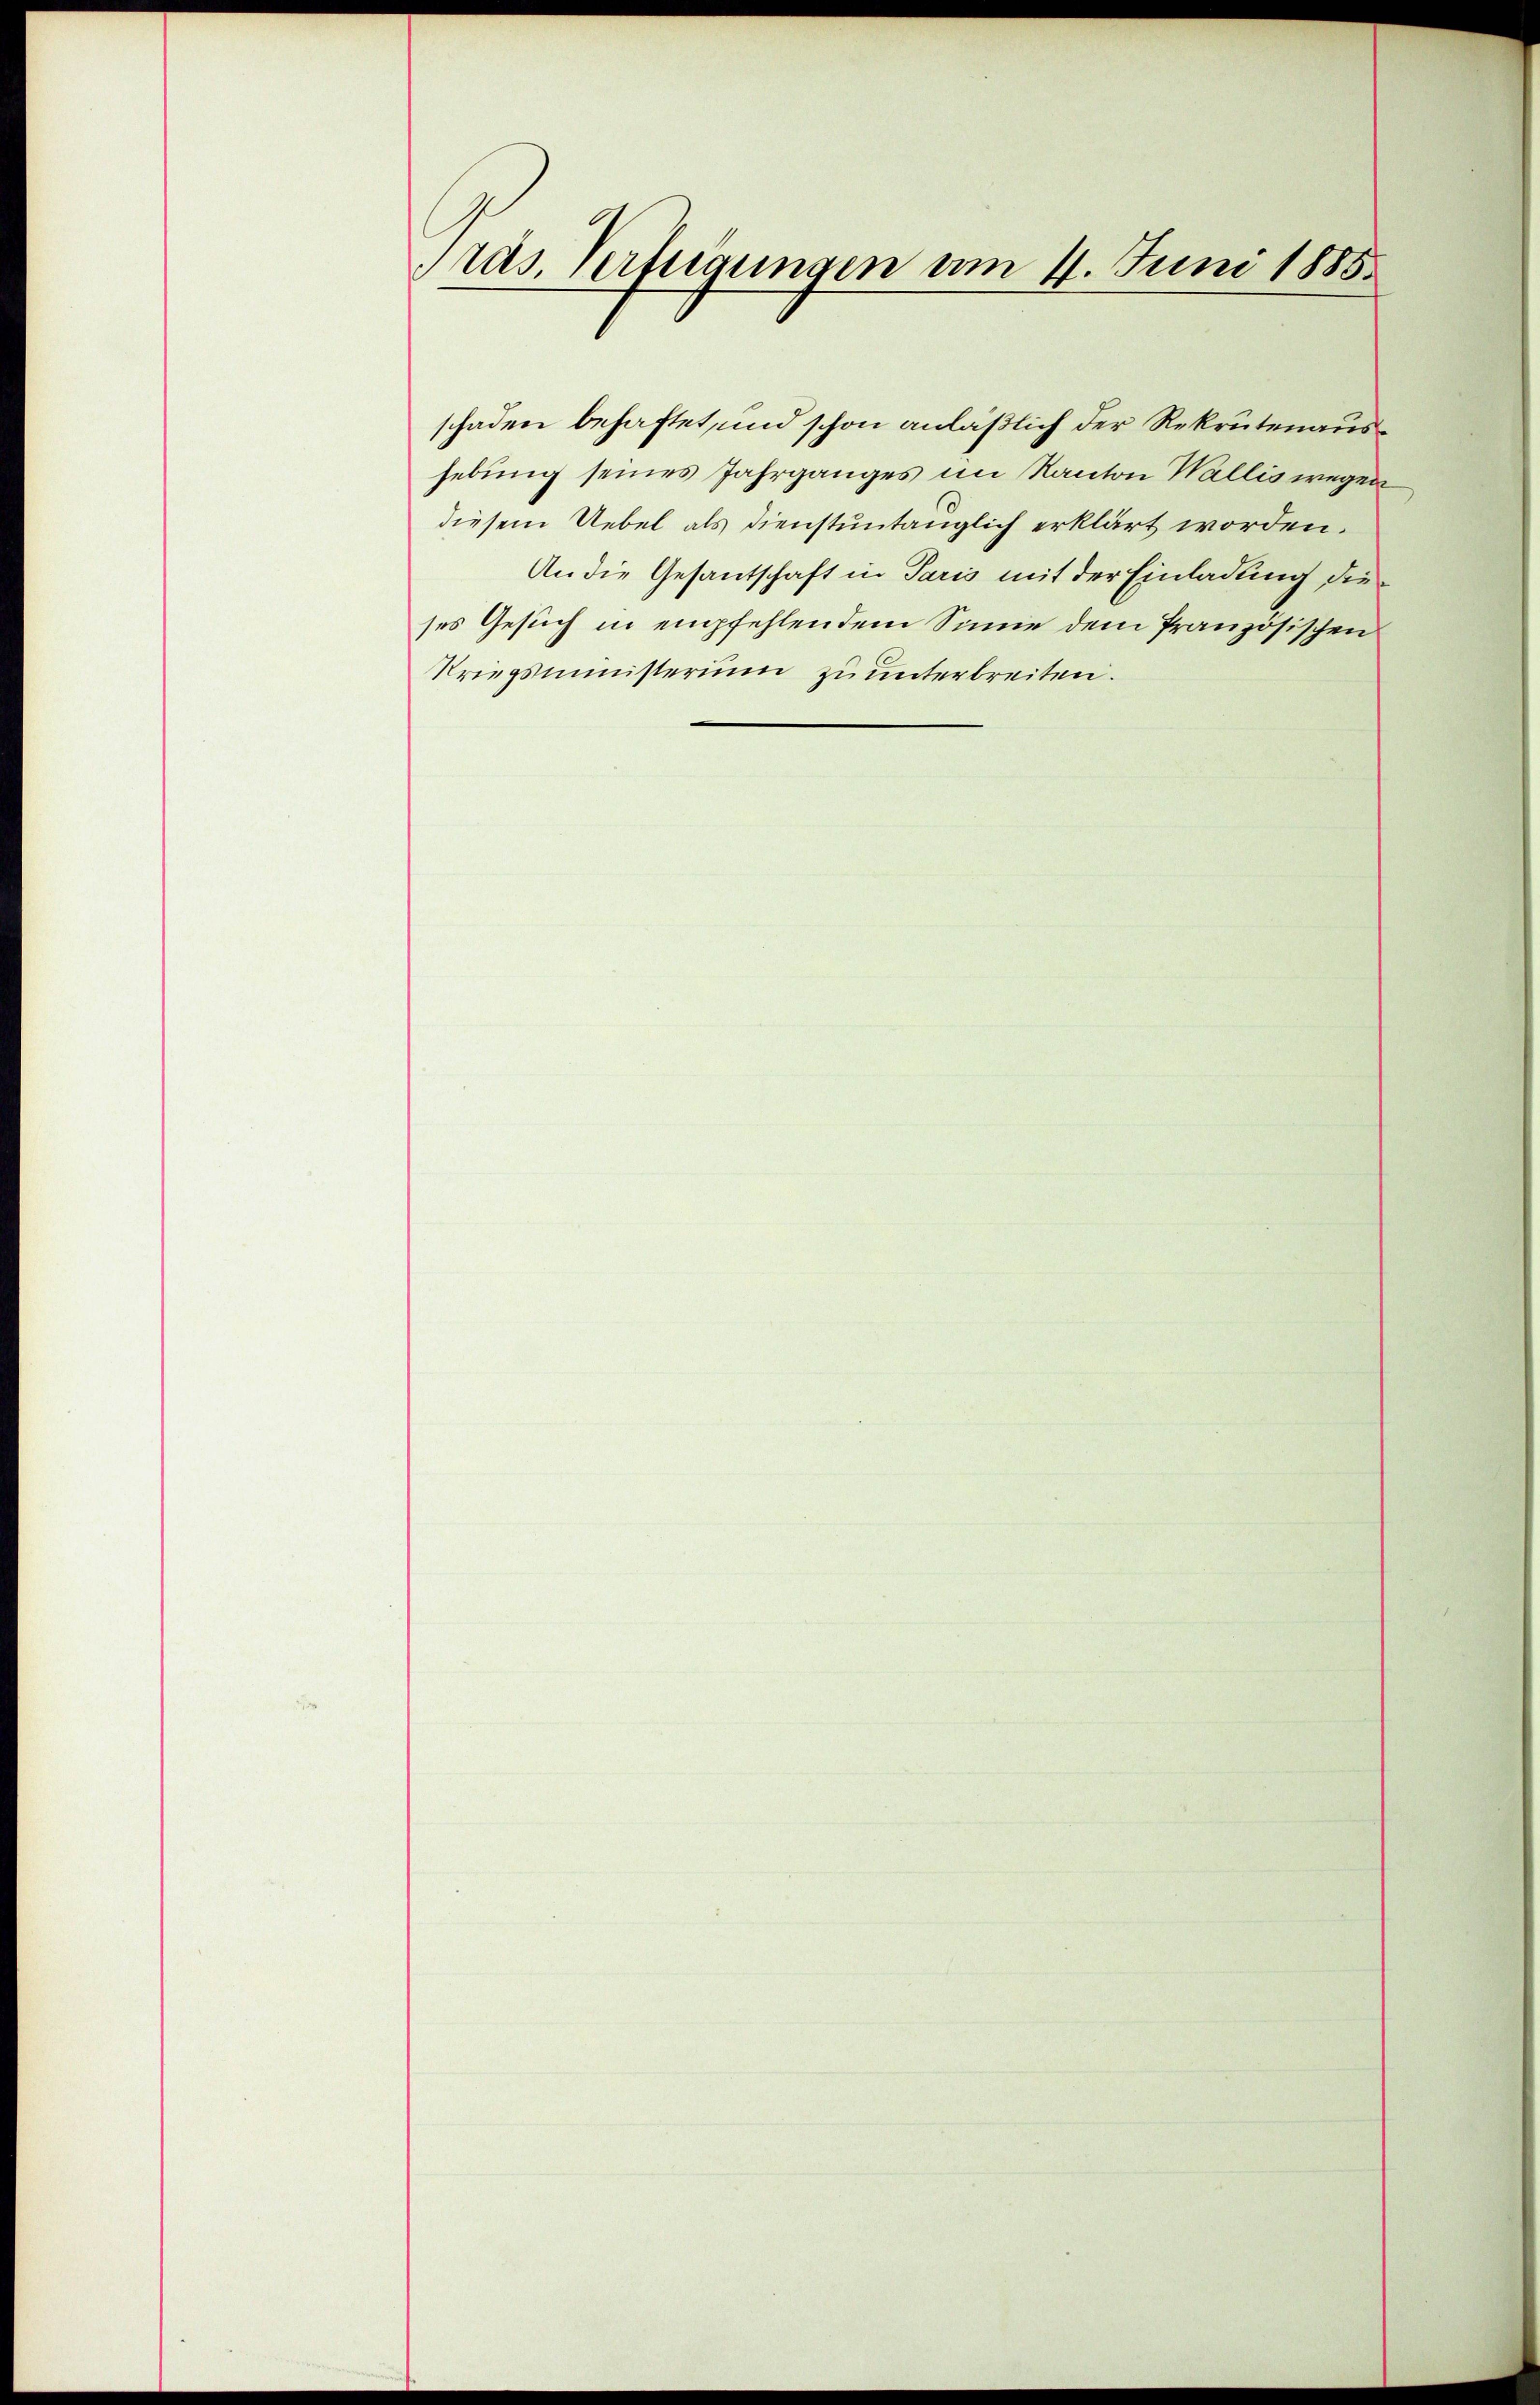
Präs. Vertigungen am 4. Juni 1885.

schaden behaftet, und schon anläßlich der Rekrutenaushebung seines Jahrganges im Kanton Wallis wegen
diesem Uebel als dienstuntänglich erklärt worden.
An die Gesantschaft in Paris mit der Einladung dieses Gesuch in empfehlendem Sinne dem Pranzösischen
Kriegsministerium zu unterbreiten.